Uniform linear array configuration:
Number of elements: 32
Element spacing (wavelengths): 0.5
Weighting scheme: cosine
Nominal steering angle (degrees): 15
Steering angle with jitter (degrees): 14.654
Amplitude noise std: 0.05
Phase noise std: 0.05

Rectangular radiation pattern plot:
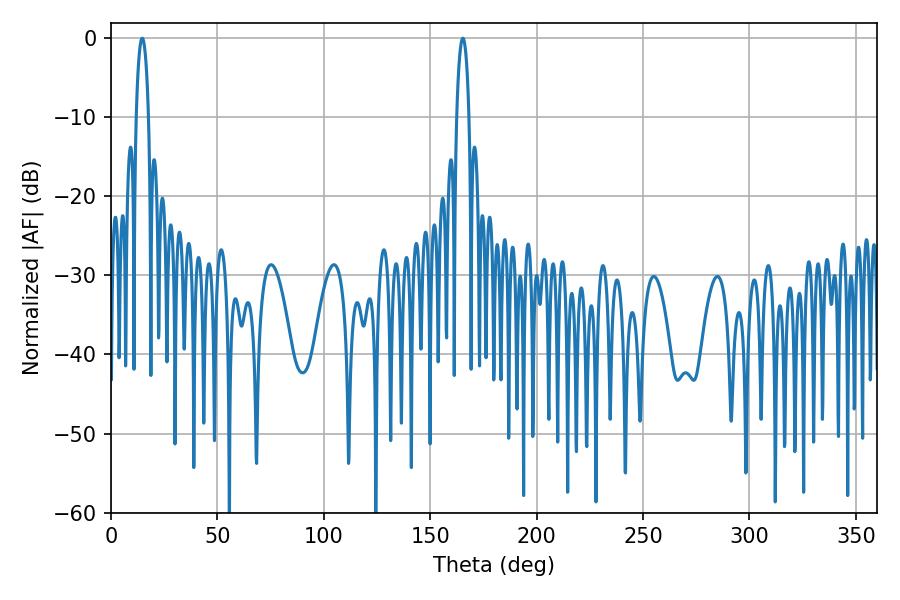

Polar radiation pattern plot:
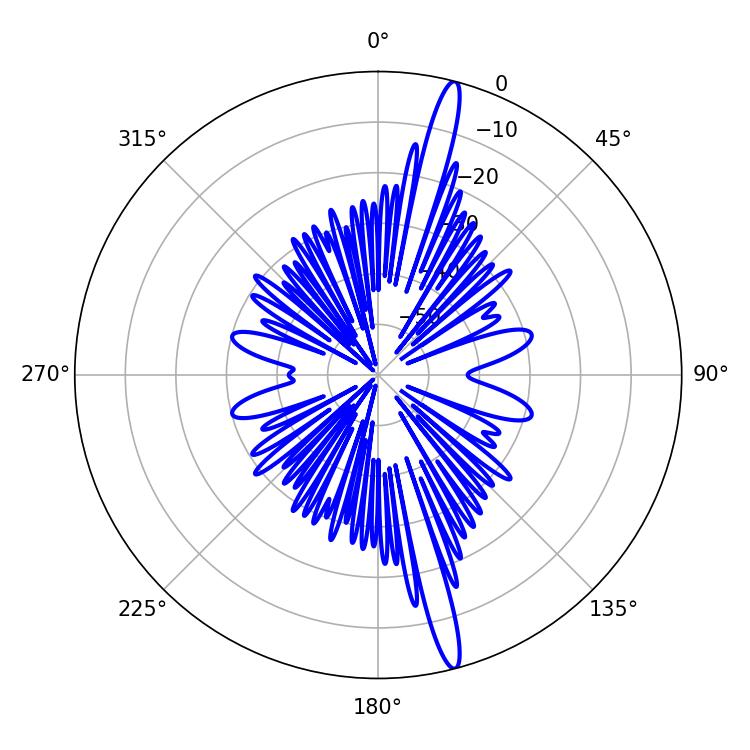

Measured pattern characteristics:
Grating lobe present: FALSE
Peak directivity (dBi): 17.843
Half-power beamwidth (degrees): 3.24
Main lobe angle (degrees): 14.76